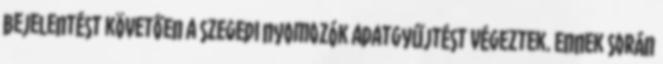
bejelentést követően a szegedi nyomozók adatgyűjtést végeztek. Ennek során